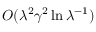
O ( \lambda ^ { 2 } \gamma ^ { 2 } \ln \lambda ^ { - 1 } )